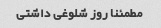
مطمئنا روز شلوغی داشتی